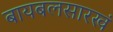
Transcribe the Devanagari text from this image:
बायबलसारखं